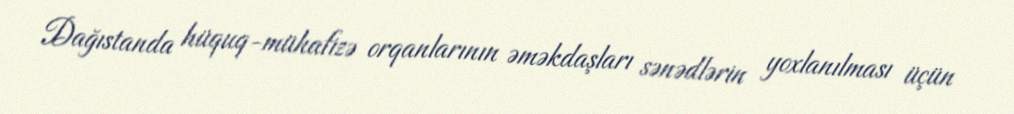
Dağıstanda hüquq-mühafizə orqanlarının əməkdaşları sənədlərin yoxlanılması üçün